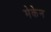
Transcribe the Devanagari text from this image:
मेकेन